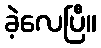
ခဲ့လေပြီ။